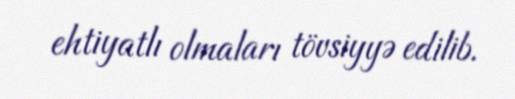
ehtiyatlı olmaları tövsiyyə edilib.